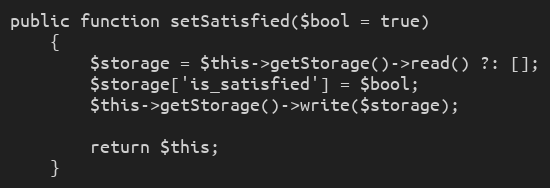
Language: PHP
public function setSatisfied($bool = true)
    {
        $storage = $this->getStorage()->read() ?: [];
        $storage['is_satisfied'] = $bool;
        $this->getStorage()->write($storage);

        return $this;
    }